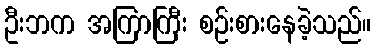
ဦးဘက အကြာကြီး စဉ်းစားနေခဲ့သည်။